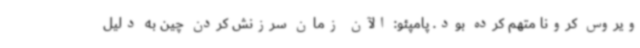
ویروس کرونا متهم کرده بود. پامپئو: الآن زمان سرزنش کردن چین به دلیل